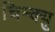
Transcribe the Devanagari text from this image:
चिन्क्यु